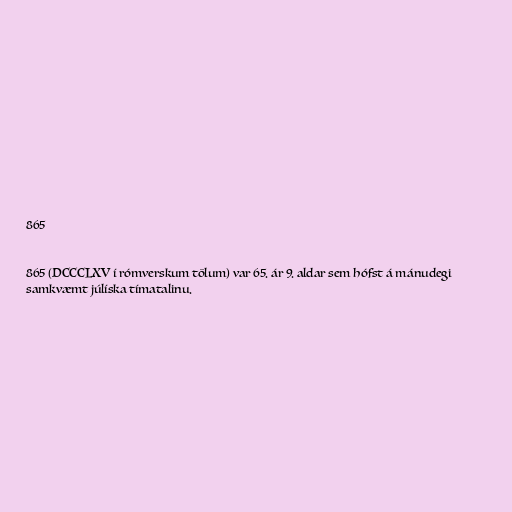
865

865 (DCCCLXV í rómverskum tölum) var 65. ár 9. aldar sem hófst á mánudegi
samkvæmt júlíska tímatalinu.